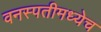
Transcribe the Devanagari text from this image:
वनस्पतीमध्येच